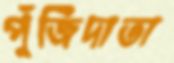
পুঁজিদাতা